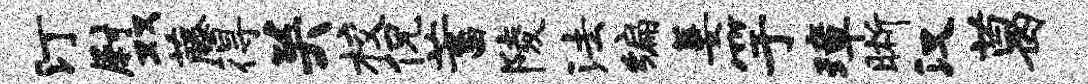
汀尉双藤得关校侃蓄陵法编萋竽璋晰汉葛